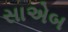
સાએબ